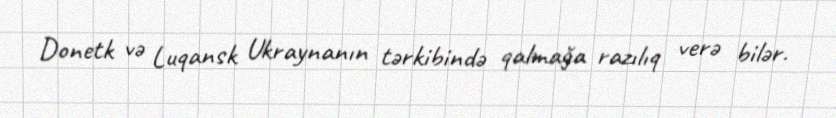
Donetk və Luqansk Ukraynanın tərkibində qalmağa razılıq verə bilər.